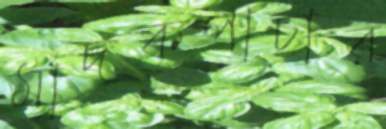
মাদকপাচার